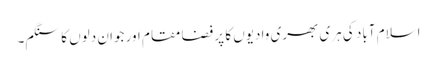
اسلام آباد کی ہری بھری وادیوں کا پر فضا مقام اور جوان دلوں کا سنگم۔